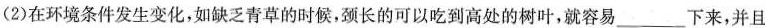
(2)在环境条件发生变化，如缺乏青草的时候，颈长的可以吃到高处的树叶，就容易___下来，并且